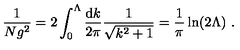
\frac { 1 } { N g ^ { 2 } } = 2 \int _ { 0 } ^ { \Lambda } \frac { \mathrm { d } k } { 2 \pi } \frac { 1 } { \sqrt { k ^ { 2 } + 1 } } = \frac { 1 } { \pi } \ln ( 2 \Lambda ) \ .